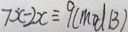
7 \dot { x } - 2 x \equiv 9 ( m o d B )